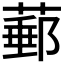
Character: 𦸙